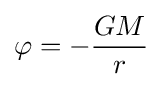
\varphi =-{\frac {GM}{r}}